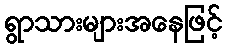
ရွာသားများအနေဖြင့်